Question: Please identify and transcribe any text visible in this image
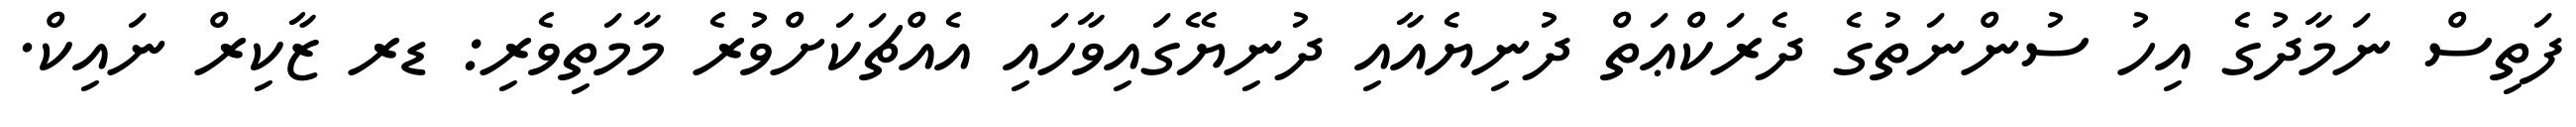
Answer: ފަތިސް ނަމާދުގެ އިހު ސުންނަތުގެ ދެރަކްޢަތް ދުނިޔެއާއި ދުނިޔޭގައިވާހައި އެއްޗަކަށްވުރެ މާމަތިވެރި: ޑރ ޒާކިރް ނައިކް.